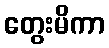
တွေးမိကာ